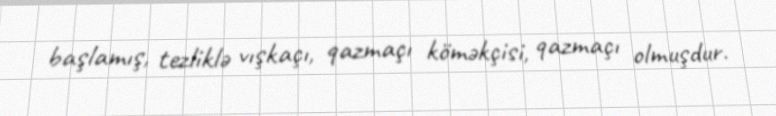
başlamış, tezliklə vışkaçı, qazmaçı köməkçisi, qazmaçı olmuşdur.